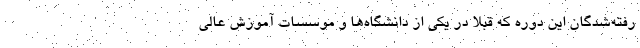
رفته‌شدگان این دوره که قبلاً در یکی از دانشگاه‌ها و موسسات آموزش عالی